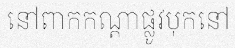
នៅពាកកណ្តាផ្លូវបុកនៅ